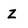
Character: z